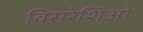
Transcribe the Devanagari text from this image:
विसरेशिओ